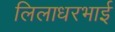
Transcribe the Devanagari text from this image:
लिलाधरभाई